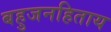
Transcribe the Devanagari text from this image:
बहुजनहिताय